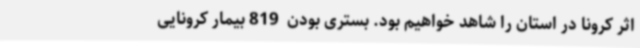
اثر کرونا در استان را شاهد خواهیم بود. بستری بودن  819 بیمار کرونایی